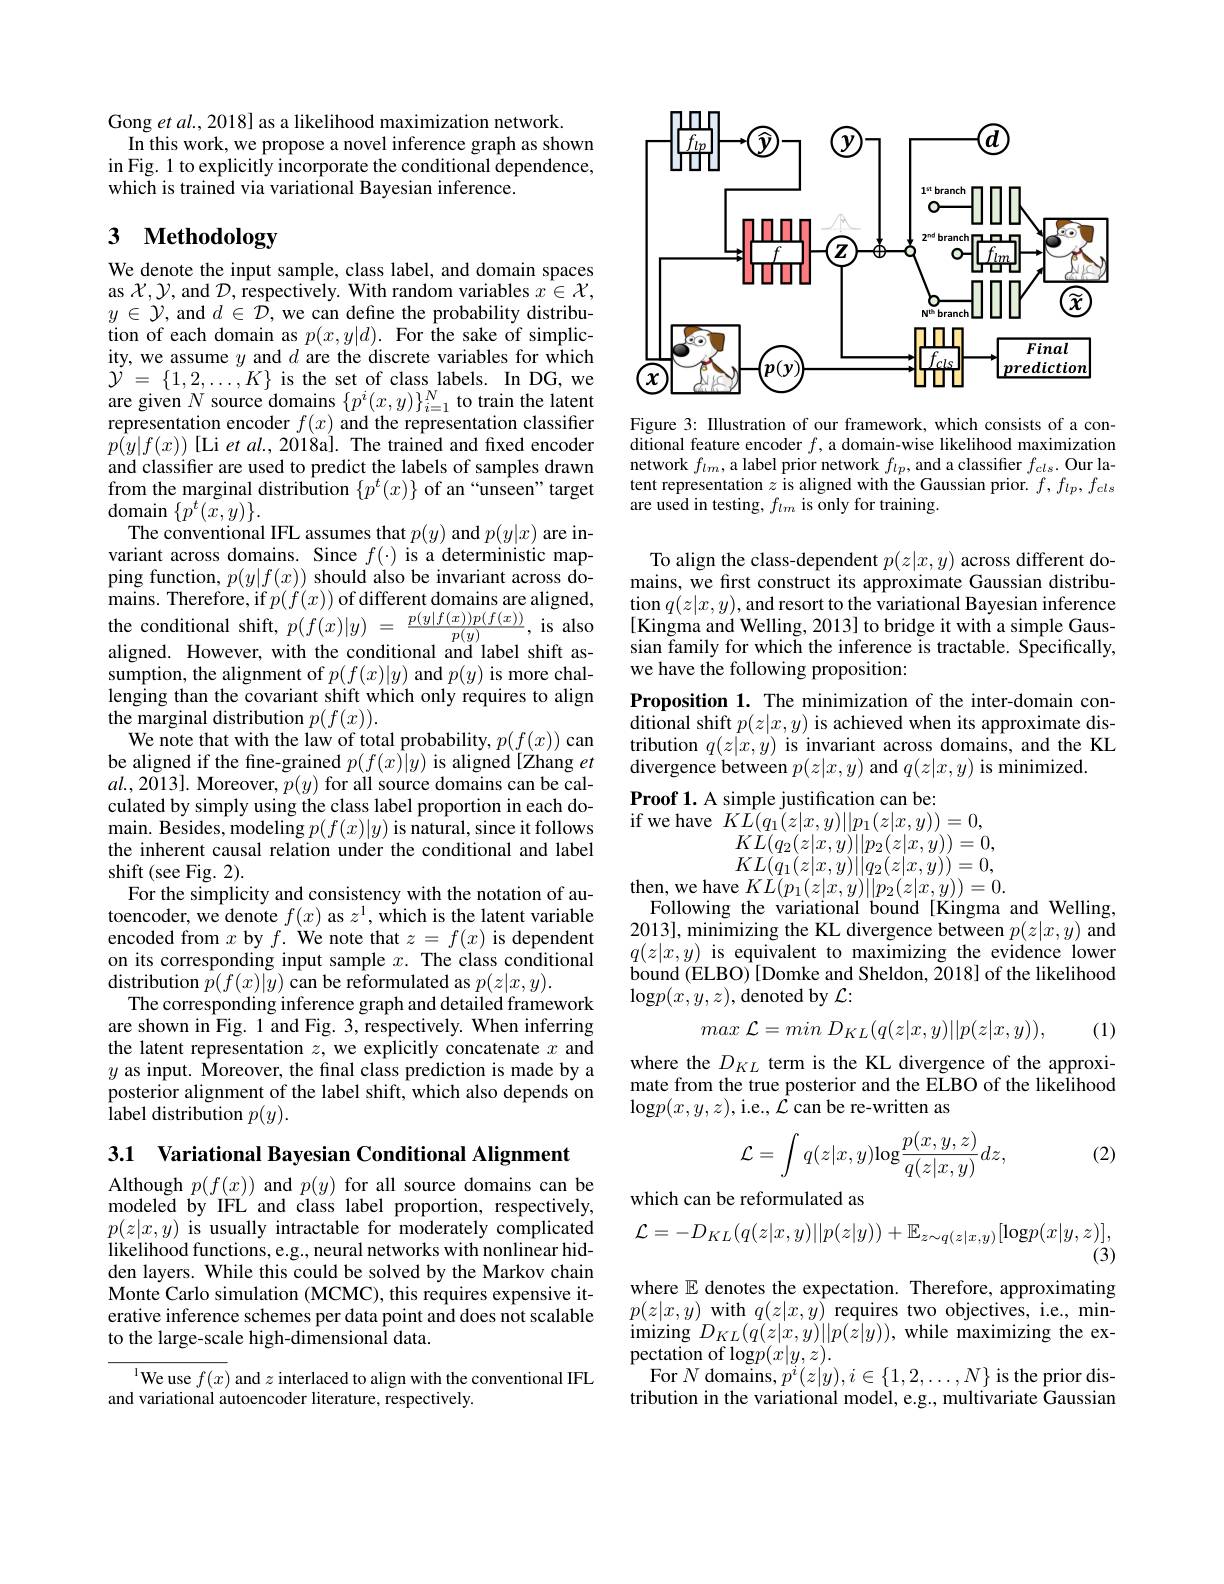
Gong $etal.,2018]$ as a likelihood maximization network.
In this work, we propose a novel inference graph as shown in Fig. 1 to explicitly incorporate the conditional dependence, which is trained via variational Bayesian inference.

# 3 Methodology

We denote the input sample, class label, and domain spaces $\begin{array}{l}{\mathrm{as~}\mathcal{X},\mathcal{Y},\mathrm{and~}\mathcal{D},\mathrm{~respectively.~With~random~variables~}x\in\mathcal{X},}\\{y\in\mathcal{Y},\mathrm{~and~}d\in\mathcal{D},\mathrm{~we~can~define~the~probability~distribu-}}\end{array}$ $\begin{array}{ll}{\mathrm{tion~of~each~domain~as~}p(x,y|d).~For~\hat{\text{the sake of simplic-}}}\\{\mathrm{ity,~we~assume~}y~\mathrm{and~}d~\mathrm{are~the~discrete~variables~for~which}}\end{array}$ $\mathcal{Y}=\{1,2,\ldots,K\}$ is the set of class labels. In DG, we are given $N$ source domains $\{p^i(x,y)\}_{i=1}^N$ to train the latent representation encoder $f(x)$ and the representation classifier $p(y|f(x))$[Li et al., 2018a]. The trained and fixed encoden and classifier are used to predict the labels of samples drawn from the marginal distribution $\{p^t(x)\}$ of an “unseen”target $\operatorname*{domain}_{\mathrm{T}}\{p^{t}(\tilde{x},y)\}.$
The conventional IFL assumes that $p(y)$ and $p(y|x)$ are invariant across domains. Since $f(\cdot)$ is a deterministic mapping function, $p(y|f(x))$ should also be invariant across domains. Therefore, if $p( f( x) )$ of different domains are aligned, the conditional shift, $p( f( x) | y)$ = $\frac {p( y| f( x) ) p( f( x) ) }{p( y) }$, is also aligned. However, with the conditional and label shift as- $\mathop{\text{sumption, the alignment of }}p(f(x)|y)$ and $p(y)$ is more challenging than the covariant shift which only requires to align the marginal distribution $p(f(x)).$
We note that with the law of total probability, $p(f(x))$ can be aligned if the fine-grained $p(f(x)|y)$ is aligned [Zhang et $al.,2\tilde{0}13].$Moreover$,p(y)$for all source domains can be calculated by simply using the class label proportion in each domain. Besides, modeling $p( f( x) | y)$ is natural, since it follows the inherent causal relation under the conditional and label shift (see Fig. 2).
For the simplicity and consistency with the notation of autoencoder, we denote $f(x)$ as $z^1$,which is the latent variable encoded from $x$ by $f. \textbf{We note that}z= f( x)$ is dependent on its corresponding input sample $x.$ The class conditional $\mathop{\text{distribution}}\tilde{p}(f(x)|y)\mathop{\text{can be reformulated as }}p(z|x,y).$
The corresponding inference graph and detailed framework are shown in Fig. 1 and Fig. 3, respectively. When inferring the latent representation $z$, we explicitly concatenate $x$ and $y$ as input. Moreover, the final class prediction is made by a posterior alignment of the label shift, which also depends on ${\hat{\text{label distribution }p(y).}}$

3.1 Variational Bayesian Conditional Alignment

Although $p(f(x))$ and $p(y)$ for all source domains can be modeled by IFL and class label proportion, respectively, $p(z|x,y)$ is usually intractable for moderately complicated likelihood functions, e.g., neural networks with nonlinear hidden layers. While this could be solved by the Markov chain Monte Carlo simulation (MCMC), this requires expensive iterative inference schemes per data point and does not scalable to the large-scale high-dimensional data.

$^{\mathrm{l}}$We use $f(x)$ and $z$ interlaced to align with the conventional IFL
and variational autoencoder literature, respectively.

<FigureHere>

Figure 3: Illustration of our framework, which consists of a conditional feature encoder $f$, a domain-wise likelihood maximization network $f_lm$, a label prior network $f_lp$, and a classifier $f_cls.$ Our latent representation $z$ is aligned with the Gaussian prior. $f,f_{lp},f_{cls}$ are used in testing, $f_lm$ is only for training.

To align the class-dependent $p(z|x,y)$ across different domains, we first construct its approximate Gaussian distribu- $\mathop{\text{tion }q(z|x,y),\text{and resort to the variational Bayesian inference}}$ [Kingma and Welling, 2013] to bridge it with a simple Gaussian family for which the inference is tractable. Specifically, we have the following proposition:
Proposition 1. The minimization of the inter-domain con- $\bar{\text{ditional shift }p(z|x,y)}$ is achieved when its approximate distribution $q(z|x,y)$ is invariant across domains, and the KL divergence between $p(z|x,y)$ and $q(z|x,y)$ is minimized.

Proof 1. A simple justification can be:
if we have $K\hat{L}(q_{1}(z|x,y)||p_{1}(z|x,y))=0$,
$\begin{array}{l}{KL(q_{2}(z|x,y)||p_{2}(z|x,y))=0,}\\{KL(q_{1}(z|x,y)||q_{2}(z|x,y))=0,}\end{array}$
then, we have $KL(p_{1}(z|x,y)||p_{2}(z|x,y))=0.$
Following the variational bound[Kingma and Welling,

2013],minimizing the KL divergence between $p(z|x,y)$ and $q(z|x,y)$ is equivalent to maximizing the evidence lower bound (ELBO) [Domke and Sheldon, 2018] of the likelihood $\log p(x,y,z)$,denoted by $\mathcal{L}:$

max
$$c\:\mathcal{L}=min\:D_{KL}(q(z|x,y)||p(z|x,y)),$$
(1)

where the $D_KL$ term is the KL divergence of the approximate from the true posterior and the ELBO of the likelihood $\log p(x,y,z)$,i.e., $\hat{\mathcal{L}}$can be re-written as
$$\mathcal{L}=\int q(z|x,y)\mathrm{log}\frac{p(x,y,z)}{q(z|x,y)}dz,$$
(2)

which can be reformulated as
$$\mathcal{L}=-D_{KL}(q(z|x,y)||p(z|y))+\mathbb{E}_{z\sim q(z|x,y)}[\mathrm{log}p(x|y,z)],$$
where $\mathbb{E}$ denotes the expectation. Therefore, approximating $p(z|x,y)$ with $q(z|x,\hat{y})$ requires two objectives, i.e., min- $\operatorname{imizing}D_{KL}(\tilde{q}(z|x,y)||p(\dot{z}|y))$,while maximizing the expectation of log$p(x|y,z).$
For $N$ domains, $p^i(z|y),i\in\{1,2,\ldots,N\}$ is the prior distribution in the variational model, e.g., multivariate Gaussian